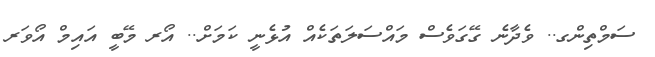
ސަމްތިންގ.. ވެދާނެ ގޭގަވެސް މައްސަލަތަކެއް އުޅެނީ ކަމަށް.. އޯރ މޭބީ އައިމް އޯވަރ